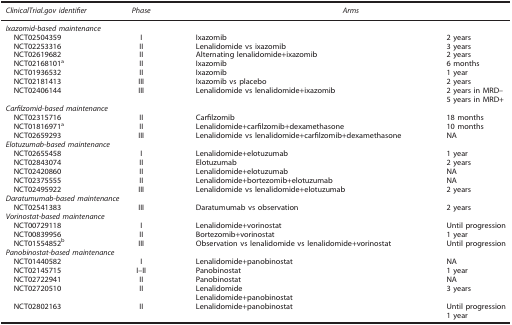
| ClinicalTrial.gov identifier | Phase | <COLSPAN=2> Arms |
 | --- | --- | --- | --- |
 | <COLSPAN=4> Ixazomid-based maintenance |
 | NCT02504359 | I | Ixazomib | 2 years |
 | NCT02253316 | II | Lenalidomide vs ixazomib | 3 years |
 | NCT02619682 | II | Alternating lenalidomide+ixazomib | 2 years |
 | NCT02168101a | II | Ixazomib | 6 months |
 | NCT01936532 | II | Ixazomib | 1 year |
 | NCT02181413 | III | Ixazomib vs placebo | 2 years |
 | NCT02406144 | III | Lenalidomide vs lenalidomide+ixazomib | 2 years in MRD–5 years in MRD+ |
 | <COLSPAN=4> Carfilzomid-based maintenance |
 | NCT02315716 | II | Carfilzomib | 18 months |
 | NCT01816971a | II | Lenalidomide+carfilzomib+dexamethasone | 10 months |
 | NCT02659293 | III | Lenalidomide vs lenalidomide+carfilzomib+dexamethasone | NA |
 | <COLSPAN=4> Elotuzumab-based maintenance |
 | NCT02655458 | I | Lenalidomide+elotuzumab | 1 year |
 | NCT02843074 | II | Elotuzumab | 2 years |
 | NCT02420860 | II | Lenalidomide+elotuzumab | NA |
 | NCT02375555 | II | Lenalidomide+bortezomib+elotuzumab | NA |
 | NCT02495922 | III | Lenalidomide vs lenalidomide+elotuzumab | 2 years |
 | <COLSPAN=4> Daratumumab-based maintenance |
 | NCT02541383 | III | Daratumumab vs observation | 2 years |
 | <COLSPAN=4> Vorinostat-based maintenance |
 | NCT00729118 | I | Lenalidomide+vorinostat | Until progression |
 | NCT00839956 | II | Bortezomib+vorinostat | 1 year |
 | NCT01554852b | III | Observation vs lenalidomide vs lenalidomide+vorinostat | Until progression |
 | <COLSPAN=4> Panobinostat-based maintenance |
 | NCT01440582 | I | Lenalidomide+panobinostat | NA |
 | NCT02145715 | I–II | Panobinostat | 1 year |
 | NCT02722941 | II | Panobinostat | NA |
 | NCT02720510 | II | LenalidomideLenalidomide+panobinostat | 3 years |
 | NCT02802163 | II | Lenalidomide+panobinostat | Until progression1 year |